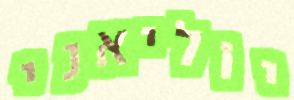
יוליאני